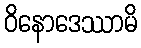
ဝိနောဒေဿာမိ